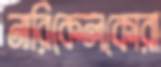
নারিকেলকোরা